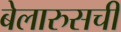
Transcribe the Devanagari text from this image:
बेलारुसची